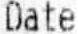
DATE